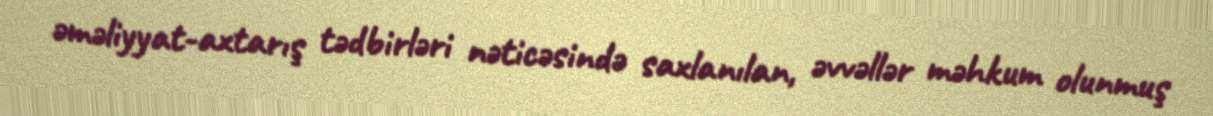
əməliyyat-axtarış tədbirləri nəticəsində saxlanılan, əvvəllər məhkum olunmuş